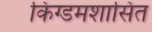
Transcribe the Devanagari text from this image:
किंग्डमशासित